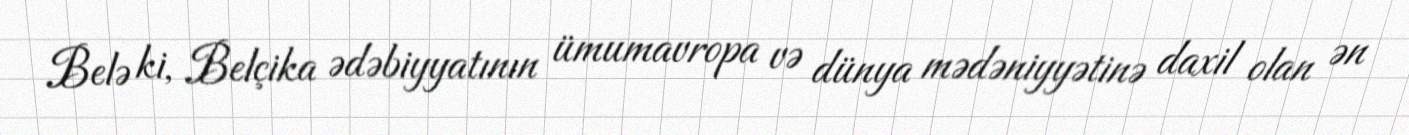
Belə ki, Belçika ədəbiyyatının ümumavropa və dünya mədəniyyətinə daxil olan ən